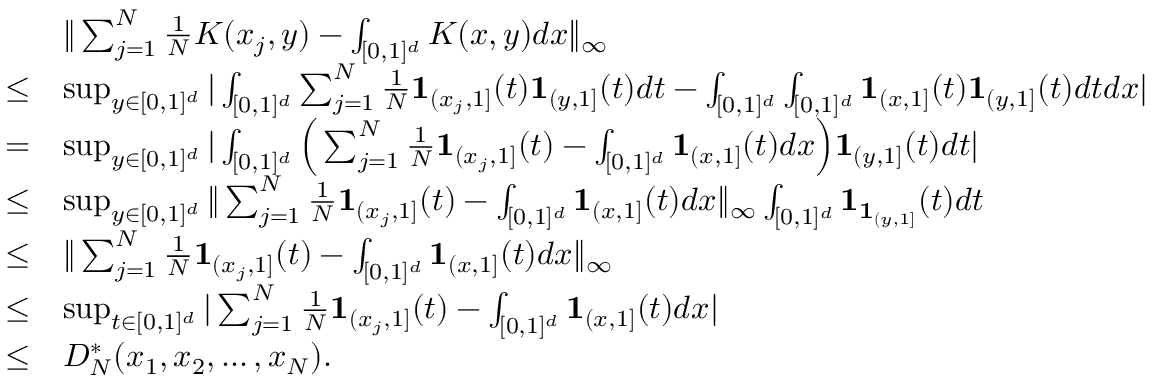
\begin{array} { r l } & { \| \sum _ { j = 1 } ^ { N } \frac { 1 } { N } K ( x _ { j } , y ) - \int _ { [ 0 , 1 ] ^ { d } } K ( x , y ) d x \| _ { \infty } } \\ { \leq } & { \operatorname* { s u p } _ { y \in [ 0 , 1 ] ^ { d } } | \int _ { [ 0 , 1 ] ^ { d } } \sum _ { j = 1 } ^ { N } \frac { 1 } { N } \mathbf { 1 } _ { ( x _ { j } , 1 ] } ( t ) \mathbf { 1 } _ { ( y , 1 ] } ( t ) d t - \int _ { [ 0 , 1 ] ^ { d } } \int _ { [ 0 , 1 ] ^ { d } } \mathbf { 1 } _ { ( x , 1 ] } ( t ) \mathbf { 1 } _ { ( y , 1 ] } ( t ) d t d x | } \\ { = } & { \operatorname* { s u p } _ { y \in [ 0 , 1 ] ^ { d } } | \int _ { [ 0 , 1 ] ^ { d } } \Big ( \sum _ { j = 1 } ^ { N } \frac { 1 } { N } \mathbf { 1 } _ { ( x _ { j } , 1 ] } ( t ) - \int _ { [ 0 , 1 ] ^ { d } } \mathbf { 1 } _ { ( x , 1 ] } ( t ) d x \Big ) \mathbf { 1 } _ { ( y , 1 ] } ( t ) d t | } \\ { \leq } & { \operatorname* { s u p } _ { y \in [ 0 , 1 ] ^ { d } } \| \sum _ { j = 1 } ^ { N } \frac { 1 } { N } \mathbf { 1 } _ { ( x _ { j } , 1 ] } ( t ) - \int _ { [ 0 , 1 ] ^ { d } } \mathbf { 1 } _ { ( x , 1 ] } ( t ) d x \| _ { \infty } \int _ { [ 0 , 1 ] ^ { d } } \mathbf { 1 } _ { \mathbf { 1 } _ { ( y , 1 ] } } ( t ) d t } \\ { \leq } & { \| \sum _ { j = 1 } ^ { N } \frac { 1 } { N } \mathbf { 1 } _ { ( x _ { j } , 1 ] } ( t ) - \int _ { [ 0 , 1 ] ^ { d } } \mathbf { 1 } _ { ( x , 1 ] } ( t ) d x \| _ { \infty } } \\ { \leq } & { \operatorname* { s u p } _ { t \in [ 0 , 1 ] ^ { d } } | \sum _ { j = 1 } ^ { N } \frac { 1 } { N } \mathbf { 1 } _ { ( x _ { j } , 1 ] } ( t ) - \int _ { [ 0 , 1 ] ^ { d } } \mathbf { 1 } _ { ( x , 1 ] } ( t ) d x | } \\ { \leq } & { D _ { N } ^ { * } ( x _ { 1 } , x _ { 2 } , \ldots , x _ { N } ) . } \end{array}